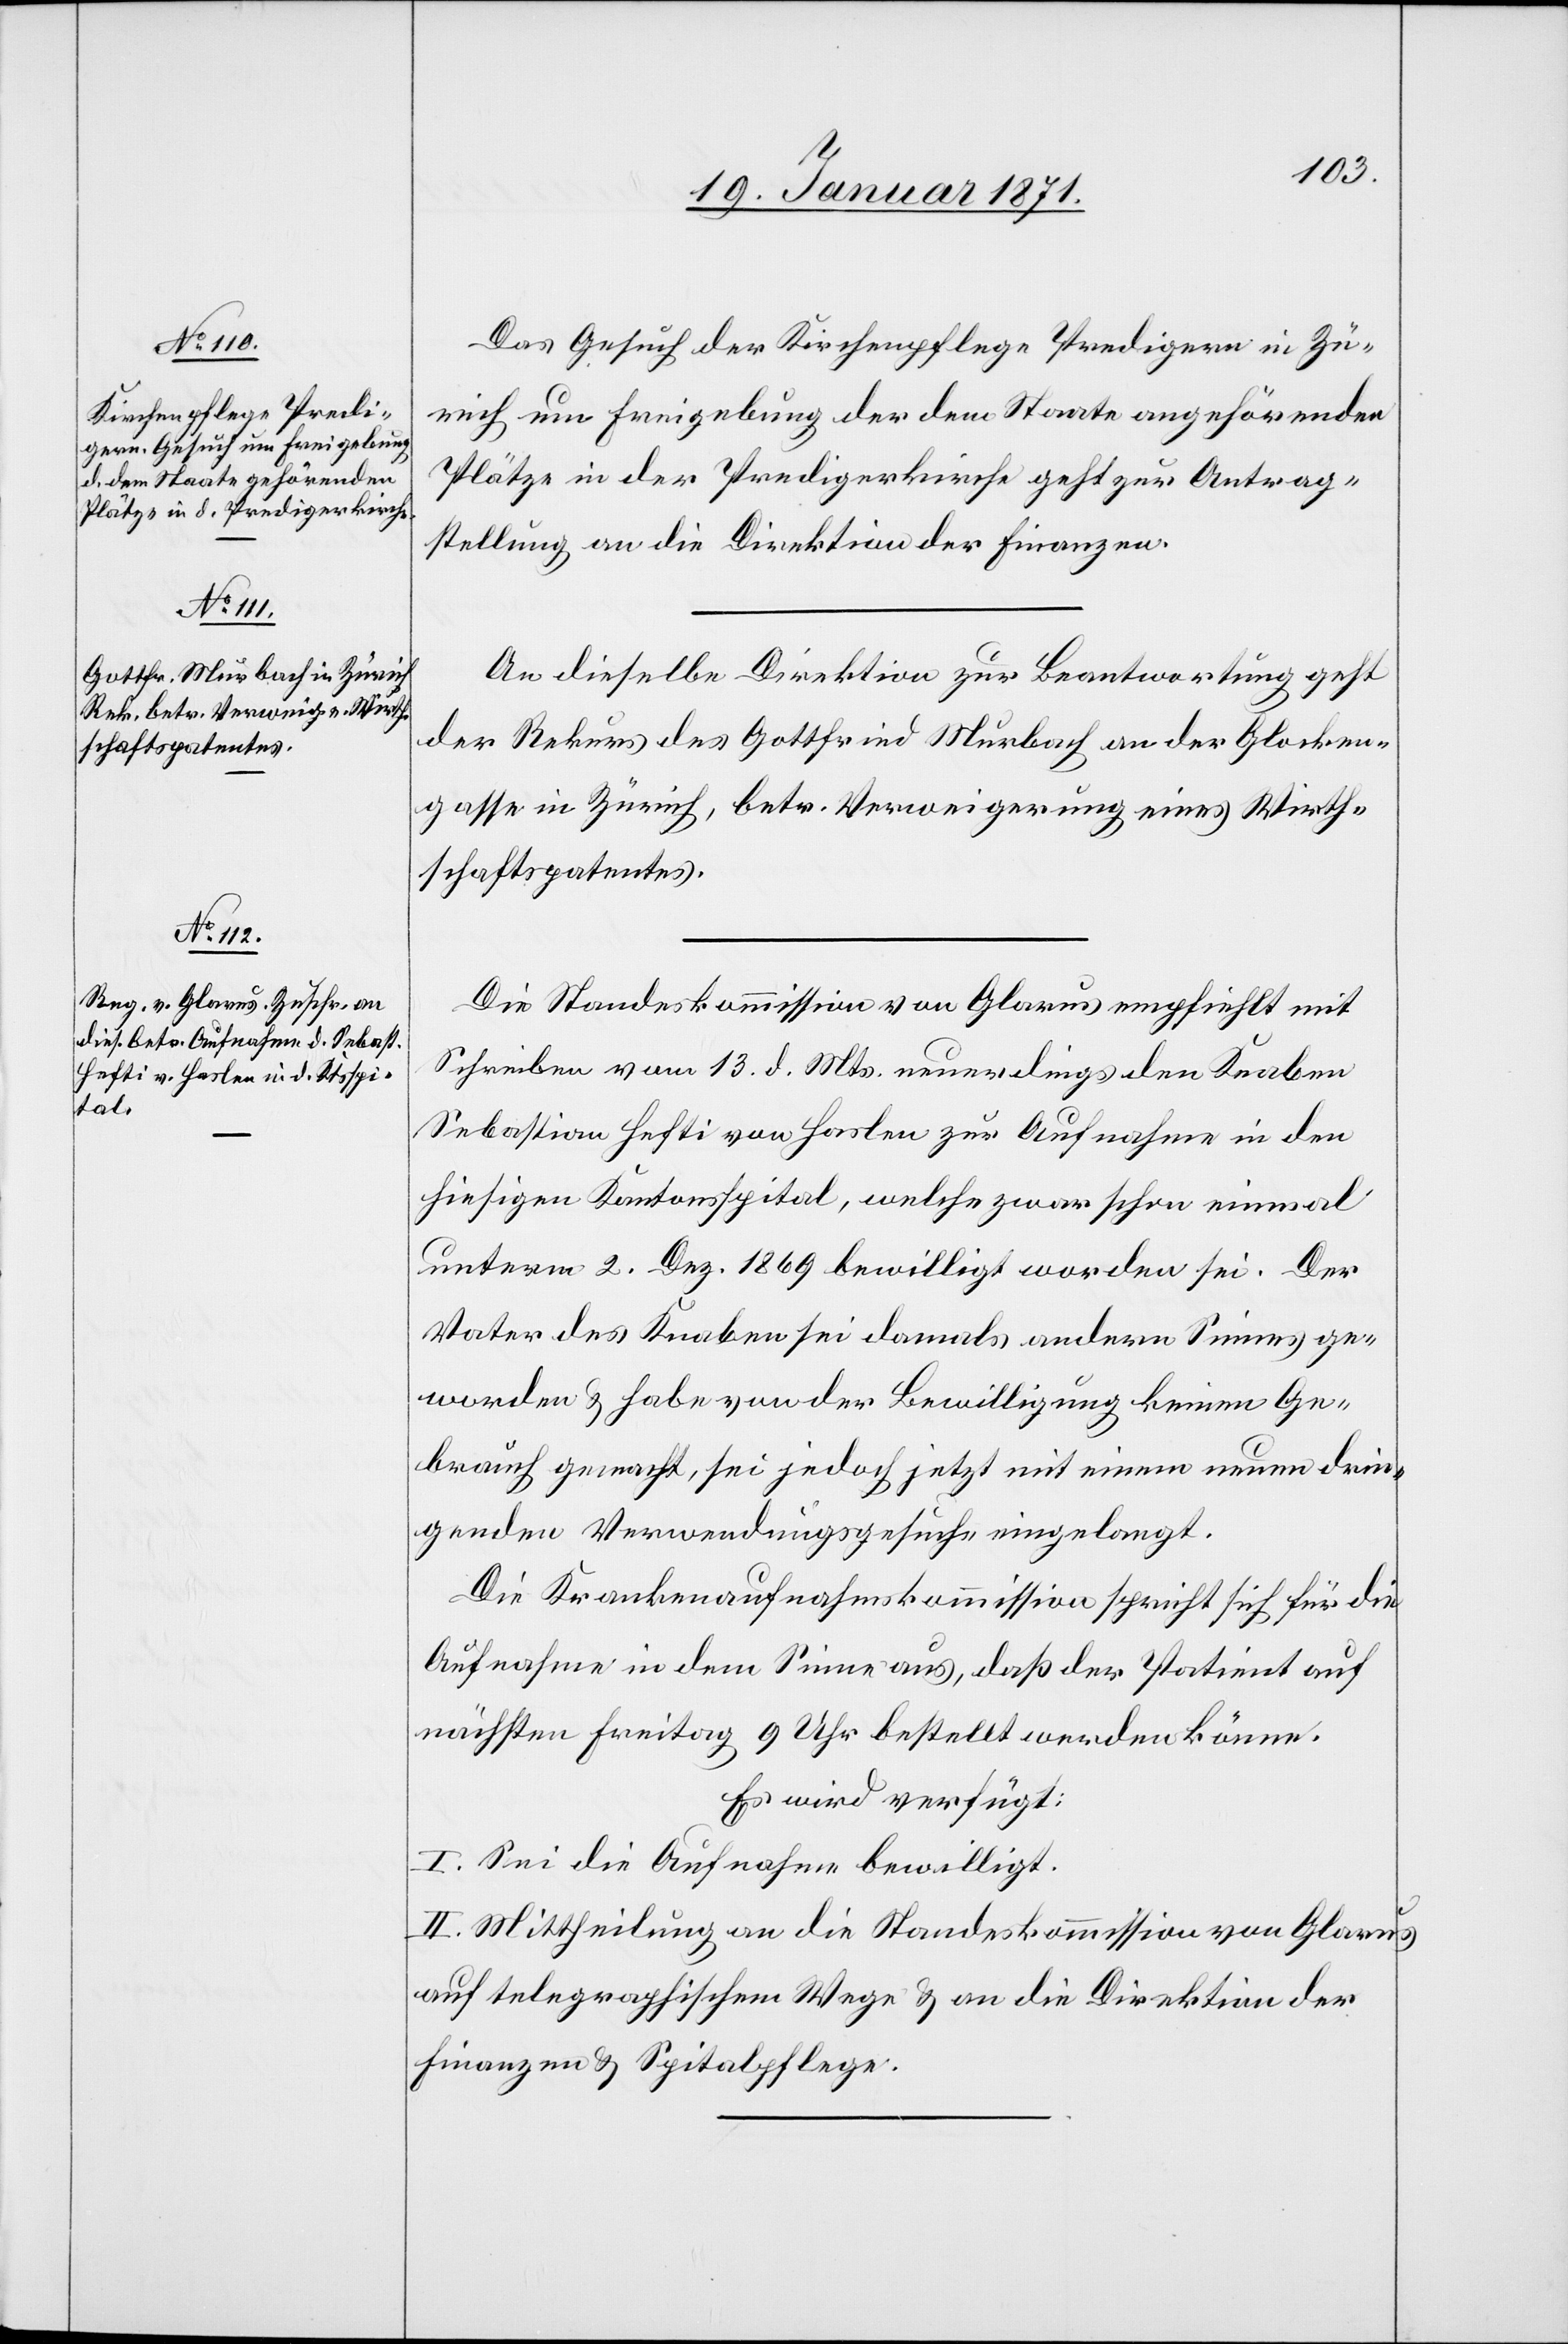
19. Januar 1871.]
Das Gesuch der Kirchenpflege Predigern in Zü¬
rich um Freigebung der dem Staate angehörenden
Plätze in der Predigerkirche geht zur Antrag¬
stellung an die Direktion der Finanzen.
An dieselbe Direktion zur Beantwortung geht
der Rekurs des Gottfried Murbach an der Glocken¬
gasse in Zürich, betr. Verweigerung eines Wirth¬
schaftspatentes.
Die Standeskommission von Glarus empfiehlt mit
Schreiben vom 13. d. Mts. neuerdings den Knaben
Sebastian Hefti von Haslen zur Aufnahme in den
hiesigen Kantonsspital, welche zwar schon einmal
unterm 2. Dez. 1869 bewilligt worden sei. Der
Notar des Knaben sei damals andern Sinnes ge¬
worden u. habe von der Bewilligung keinen Ge¬
brauch gemacht, sei jedoch jetzt mit einem neuen drin¬
genden Verwendungsgesuche eingelangt.
Die Krankenaufnahmskommission spricht sich für die
Aufnahme in dem Sinne aus, daß der Patient auf
nächsten Freitag 9 Uhr bestellt werden könne.
Es wird verfügt:
I. Sei die Aufnahme bewilligt.
II. Mittheilung an die Standeskommission von Glarus
auf telegraphischem Wege u. an die Direktion der
Finanzen u. Spitalpflege.